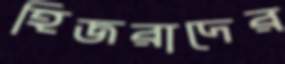
হিজরাদের